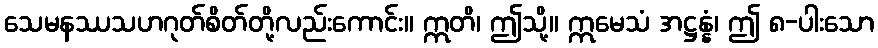
သေမနဿသဟဂုတ်စိတ်တို့လည်းကောင်း။ ဣတိ၊ ဤသို့။ ဣမေသံ အဋ္ဌန္နံ၊ ဤ ၈-ပါးသော